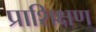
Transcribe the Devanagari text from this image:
प्राशिक्षण